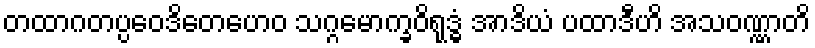
တထာဂတပ္ပဝေဒိတေဟေဝ သဂ္ဂမောက္ခဝိရုဒ္ဓံ အာဒိယံ ပထာဒီဟိ အသဝဏ္ဏာတိ